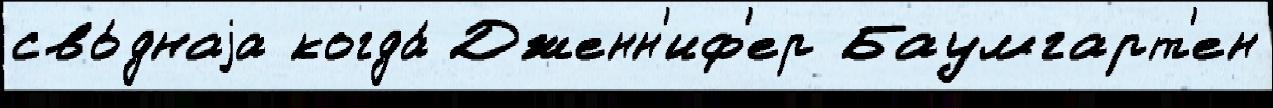
сво́днаjа когда́ Дженн'иф'ер Баумгарт'ен